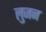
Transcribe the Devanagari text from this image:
लुजन